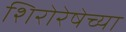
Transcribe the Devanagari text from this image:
शिरोरेषेच्या